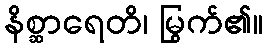
နိစ္ဆာရေတိ၊ မြွက်၏။